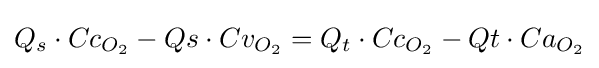
Q_{s}\cdot Cc_{O_{2}}-Qs\cdot Cv_{O_{2}}=Q_{t}\cdot Cc_{O_{2}}-Qt\cdot Ca_{O_{2}}